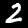
Digit: 2